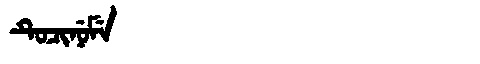
Manchu: ᡨᡠᠴᡳᠨᡠᠮᡝ
Romanization: TUCINUME